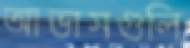
আভাসগুলি